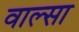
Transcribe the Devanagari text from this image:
वाल्सा